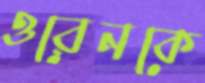
ওরেনকে